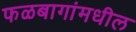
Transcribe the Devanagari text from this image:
फळबागांमधील